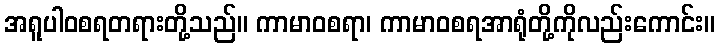
အရူပါဝစရတရားတို့သည်။ ကာမာဝစရာ၊ ကာမာဝစရအာရုံတို့ကိုလည်းကောင်း။